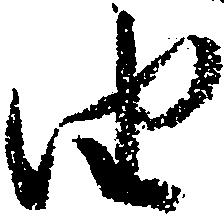
由